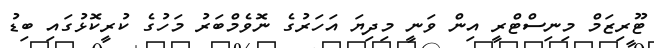
ޓޫރިޒަމް މިނިސްޓްރީ އިން ވަނީ މިދިޔަ އަހަރުގެ ނޮވެމްބަރު މަހުގެ ކުރީކޮޅުގައި ބިޑު